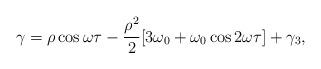
LaTeX: \begin{align*}\gamma=\rho\cos\omega\tau-\frac{\rho^{2}}{2}[3\omega_{0}+\omega_{0}\cos2\omega\tau]+\gamma_{3},\end{align*}